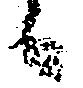
候